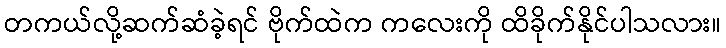
တကယ်လို့ဆက်ဆံခဲ့ရင် ဗိုက်ထဲက ကလေးကို ထိခိုက်နိုင်ပါသလား။